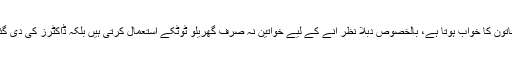
خوبصورت اور دبلا نظر آنا ہر خاتون کا خواب ہوتا ہے، بالخصوص دبلا نظر آنے کے لیے خواتین نہ صرف گھریلو ٹوٹکے استعمال کرتی ہیں بلکہ ڈاکٹرز کی دی گئی دوائیاں بھی استعمال کرتی ہیں۔